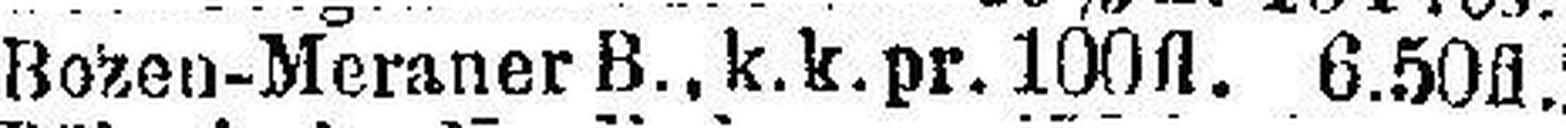
Bozen-Meraner B., k.k. pr. 100 fl. 6.50 fl.